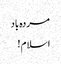
مردہ باد
اسلام !